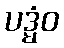
ပဒ္မံဝ